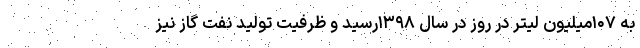
به ۱۰۷میلیون لیتر در روز در سال ۱۳۹۸رسید و ظرفیت تولید نفت گاز نیز